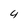
Character: 4